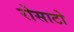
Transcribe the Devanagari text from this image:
रोसाटो